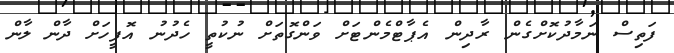
ފަތިސް ނަމާދުކޮށްގެން ރާދިން އެޕާޓްމެންޓަށް ވަންގޮތަށް ނުކުތީ ހެދުނު އޮފީހަށް ދާން ލާން